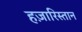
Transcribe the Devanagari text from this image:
हज़ारिस्तान